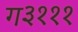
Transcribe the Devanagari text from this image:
ग३१११